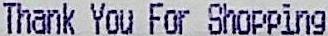
THANK YOU FOR SHOPPING